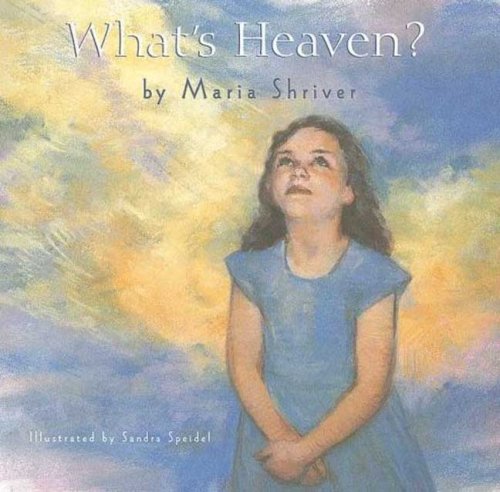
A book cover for What's Heaven; Maria Shriver; Self-Help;